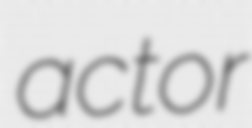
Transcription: actor